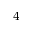
^ { 4 }